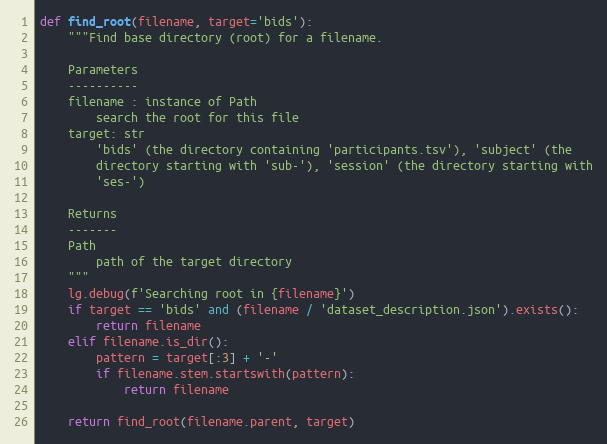
Language: Python
def find_root(filename, target='bids'):
    """Find base directory (root) for a filename.

    Parameters
    ----------
    filename : instance of Path
        search the root for this file
    target: str
        'bids' (the directory containing 'participants.tsv'), 'subject' (the
        directory starting with 'sub-'), 'session' (the directory starting with
        'ses-')

    Returns
    -------
    Path
        path of the target directory
    """
    lg.debug(f'Searching root in {filename}')
    if target == 'bids' and (filename / 'dataset_description.json').exists():
        return filename
    elif filename.is_dir():
        pattern = target[:3] + '-'
        if filename.stem.startswith(pattern):
            return filename

    return find_root(filename.parent, target)